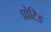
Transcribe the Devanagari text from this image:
प्रोटिड